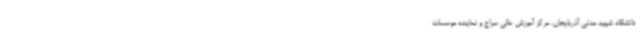
دانشگاه شهید مدنی آذربایجان، مرکز آموزش عالی سراج و نماینده موسسات